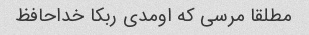
مطلقا مرسی که اومدی ربکا خداحافظ